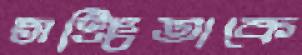
সঞ্চিতাকে